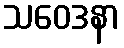
သဝေဒနာ